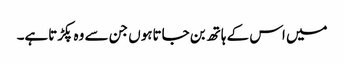
میں اس کے ہاتھ بن جاتاہوں جن سے وہ پکڑتاہے۔